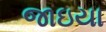
જાઇયા